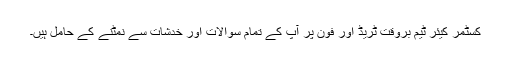
کسٹمر کیئر ٹیم بروقت ٹریڈ اور فون پر آپ کے تمام سوالات اور خدشات سے نمٹنے کے حامل ہیں۔